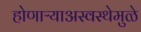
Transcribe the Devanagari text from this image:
होणाऱ्याअस्वस्थेमुळे